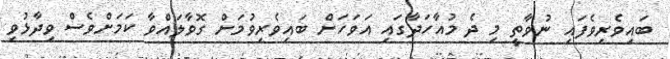
ބައިވެރިވެފައި ނުވާތީ މި ދެ މުއާހަދާގައި އަވަހަށް ބައިވެރިވުމަށް ގޮވާލައްވާ ކަމަށްވެސް ވިދާޅުވި